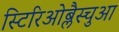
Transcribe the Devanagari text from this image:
स्टिरिओब्लैस्चुआ